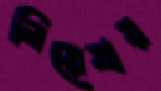
নিয়েযায়